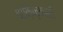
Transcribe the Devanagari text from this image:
वाक़िफ़कारी